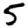
Digit: 5